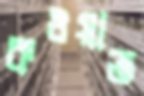
কওয়াত